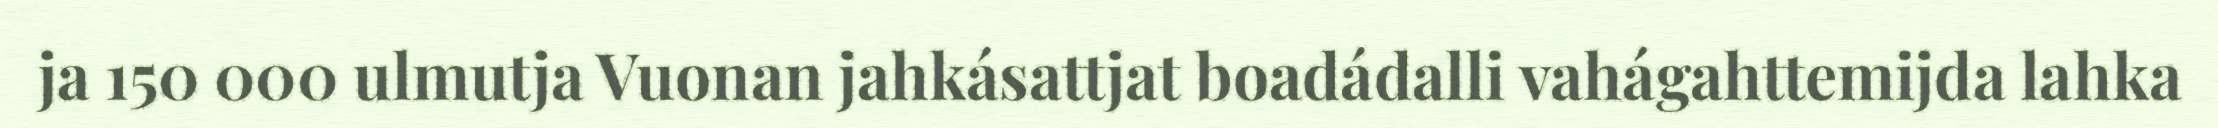
ja 150 000 ulmutja Vuonan jahkásattjat boadádalli vahágahttemijda lahka